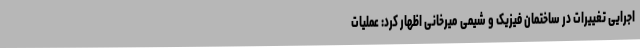
اجرایی تغییرات در ساختمان فیزیک و شیمی میرخانی اظهار کرد: عملیات